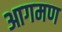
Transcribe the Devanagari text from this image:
आगमण